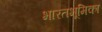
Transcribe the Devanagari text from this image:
भारतभूमिका